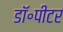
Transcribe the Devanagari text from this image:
डॉ॰पीटर